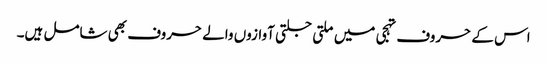
اس کے حروف تہجی میں ملتی جلتی آوازوں والے حروف بھی شامل ہیں۔